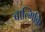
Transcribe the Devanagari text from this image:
बाल्मिकि